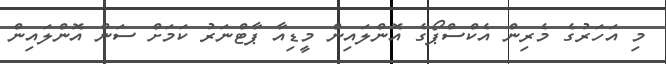
މި އަހަރުގެ މެރިން އެކްސްޕޯގެ އޮންލައިން މީޑިއާ ޕާޓްނަރު ކަމަށް ސަން އޮންލައިން